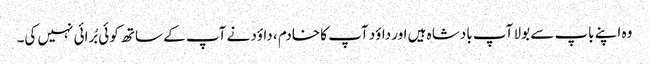
وہ اپنے باپ سے بولا آپ بادشا ہ ہیں اور داؤد آپ کا خادم ، داؤد نے آپ کے ساتھ کو ئی بُرائی نہیں کی۔